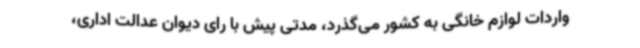
واردات لوازم خانگی به کشور می‌گذرد، مدتی پیش با رای دیوان عدالت اداری،